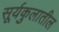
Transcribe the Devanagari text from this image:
सूर्यकुलातील